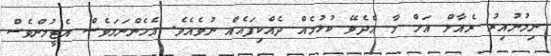
ނިމުނުއިރު ރެއާލް އަށް މާ އެދެވޭ ކުޅުމެއް ދެއްކިފައެއް ނުވެއެވެ. އެހެންނަމަވެސް އެޓީމުންވެސް